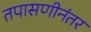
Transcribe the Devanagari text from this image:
तपासणीनंतर